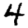
Digit: 4